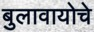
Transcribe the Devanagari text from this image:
बुलावायोचे